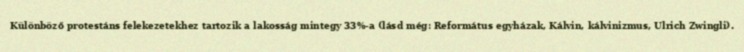
Különböző protestáns felekezetekhez tartozik a lakosság mintegy 33%-a (lásd még: Református egyházak, Kálvin, kálvinizmus, Ulrich Zwingli).